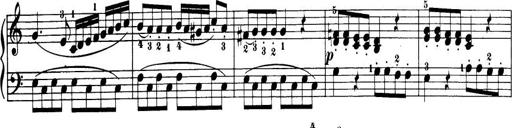
Title: 32 Sonatinas and Rondos for the Piano
Composer: Richard Kleinmichel